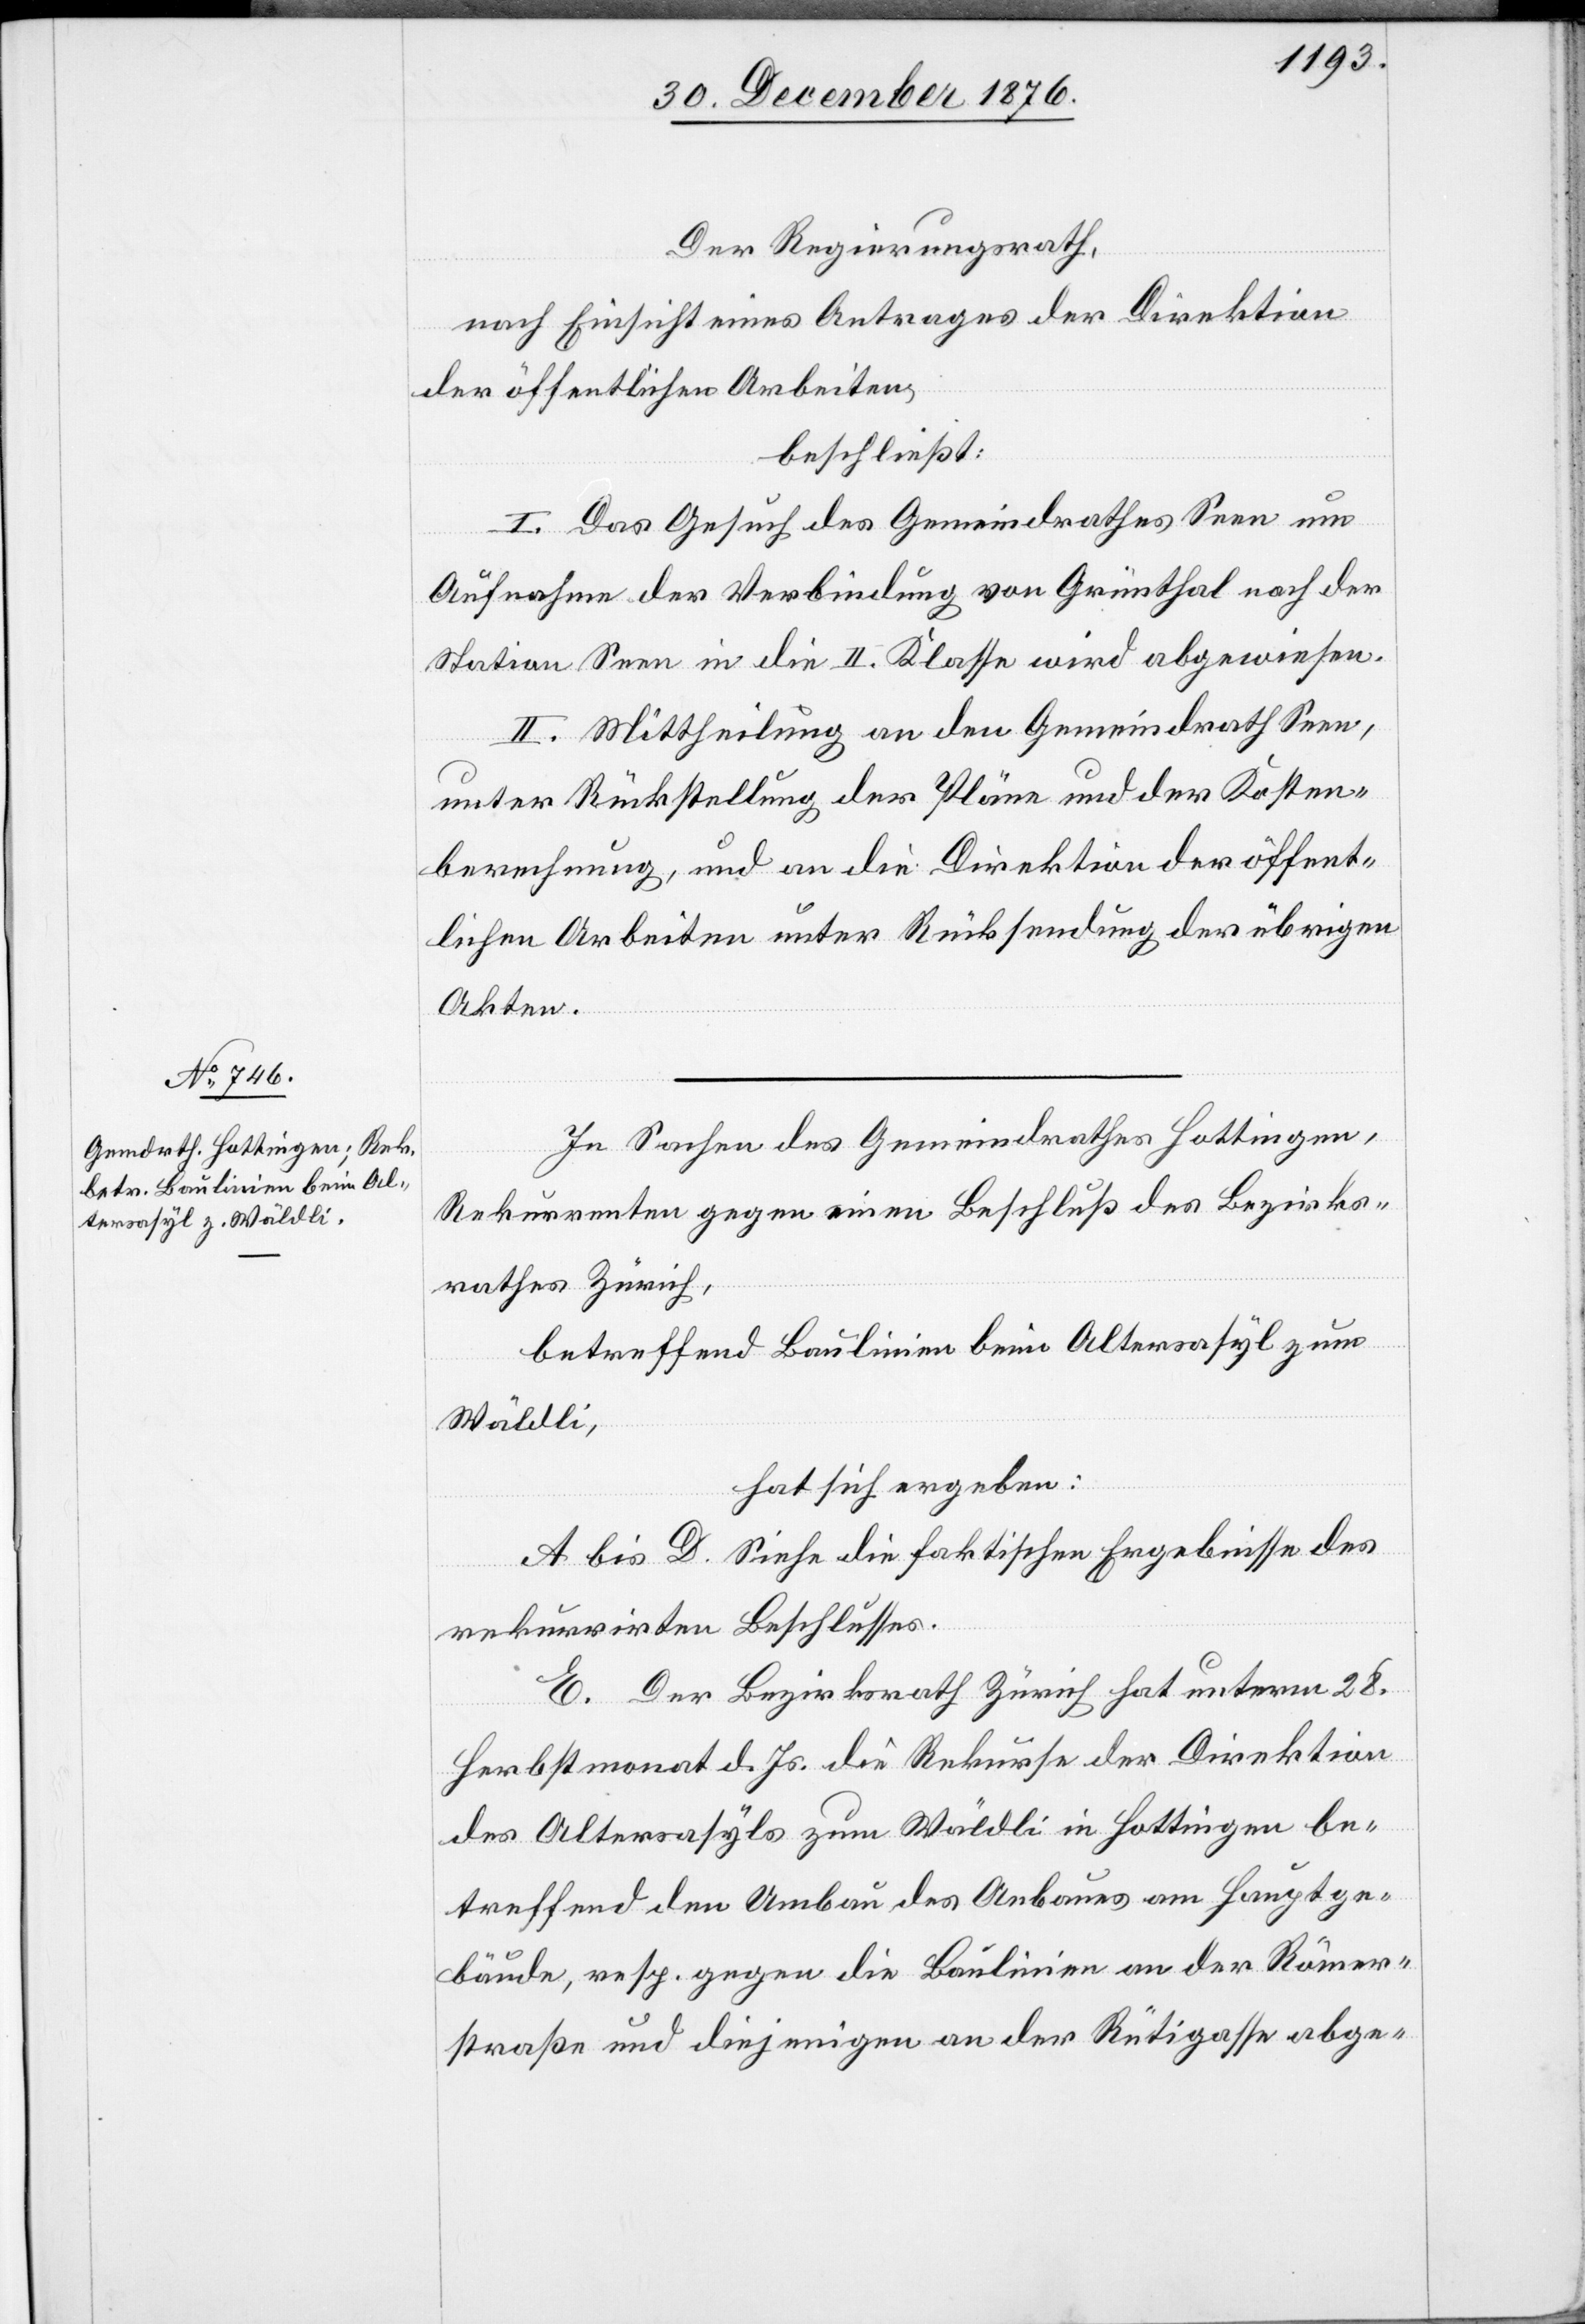
Der Regierungsrath,
nach Einsicht eines Antrages der Direktion
der öffentlichen Arbeiten,
beschließt:
I. Das Gesuch des Gemeindrathes Seen um
Aufnahme der Verbindung von Grünthal nach der
Station Seen in die II. Klasse wird abgewiesen.
II. Mittheilung an den Gemeindrath Seen,
unter Rückstellung der Pläne und der Kosten¬
berechnung, und an die Direktion der öffent¬
lichen Arbeiten unter Rücksendung der übrigen
Akten.
In Sachen des Gemeindrathes Hottingen,
Rekurrenten gegen einen Beschluß des Bezirks¬
rathes Zürich,
betreffend Baulinien beim Altersasyl zum
Wäldli,
hat sich ergeben:
A bis D. Siehe die faktischen Ergebnisse des
rekurrirten Beschlusses.
E. Der Bezirksrath Zürich hat unterm 28.
Herbstmonat d. Js. die Rekurse der Direktion
des Altersasyls zum Wäldli in Hottingen be¬
treffend den Umbau des Anbaues am Hauptge¬
bäude, resp. gegen die Baulinien an der Römer¬
straße und diejenigen an der Rütigasse abge-